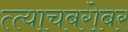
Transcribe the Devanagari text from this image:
त्त्याचबरोबर